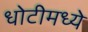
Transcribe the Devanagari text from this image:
धोटीमध्ये